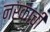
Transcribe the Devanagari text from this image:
नरकाची